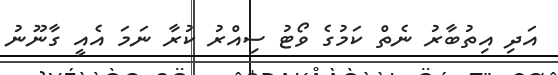
އަދި އިތުބާރު ނެތް ކަމުގެ ވޯޓު ސިއްރު ކުރާ ނަމަ އެއީ ގާނޫނު